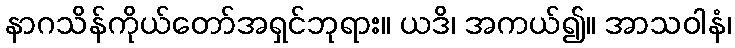
နာဂသိန်ကိုယ်တော်အရှင်ဘုရား။ ယဒိ၊ အကယ်၍။ အာသဝါနံ၊